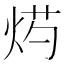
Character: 烵